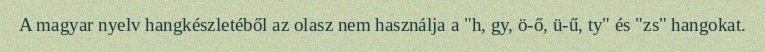
A magyar nyelv hangkészletéből az olasz nem használja a "h, gy, ö-ő, ü-ű, ty" és "zs" hangokat.